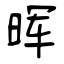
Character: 晖